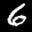
Label: 6